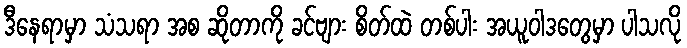
ဒီနေရာမှာ သံသရာ အစ ဆိုတာကို ခင်ဗျား စိတ်ထဲ တစ်ပါး အယူဝါဒတွေမှာ ပါသလို